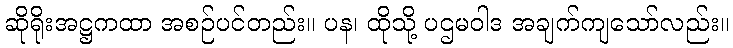
ဆိုရိုးအဋ္ဌကထာ အစဉ်ပင်တည်း။ ပန၊ ထိုသို့ ပဌမဝါဒ အချက်ကျသော်လည်း။